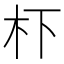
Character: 𭩙